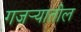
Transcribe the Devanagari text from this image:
गजर्‍यातील